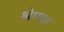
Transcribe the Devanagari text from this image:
श्रेण्या